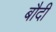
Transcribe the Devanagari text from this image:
बौदी